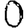
Digit: 0